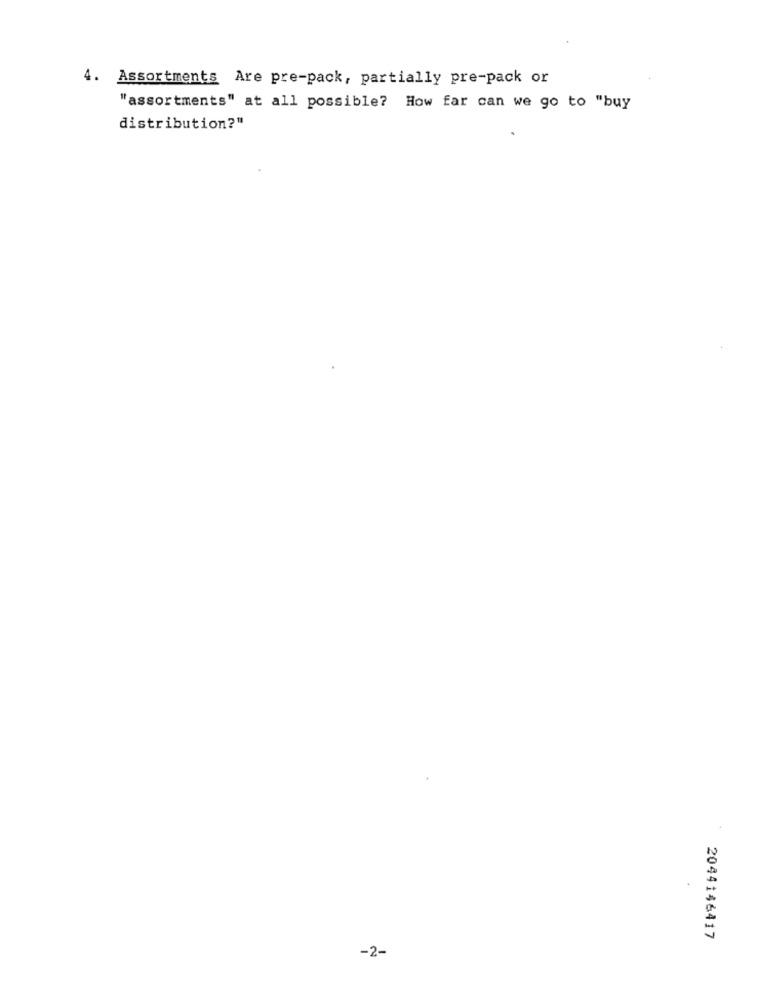
4. Assortments Are pre-pack, partially pre-pack or
"assortments" at all possible? How far can we go to "buy
distribution?"
2044146417
-2-